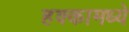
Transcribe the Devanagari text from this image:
हक्कामध्ये